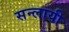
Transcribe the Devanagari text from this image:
सन्लायी